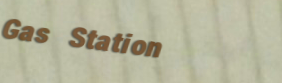
Gas Station